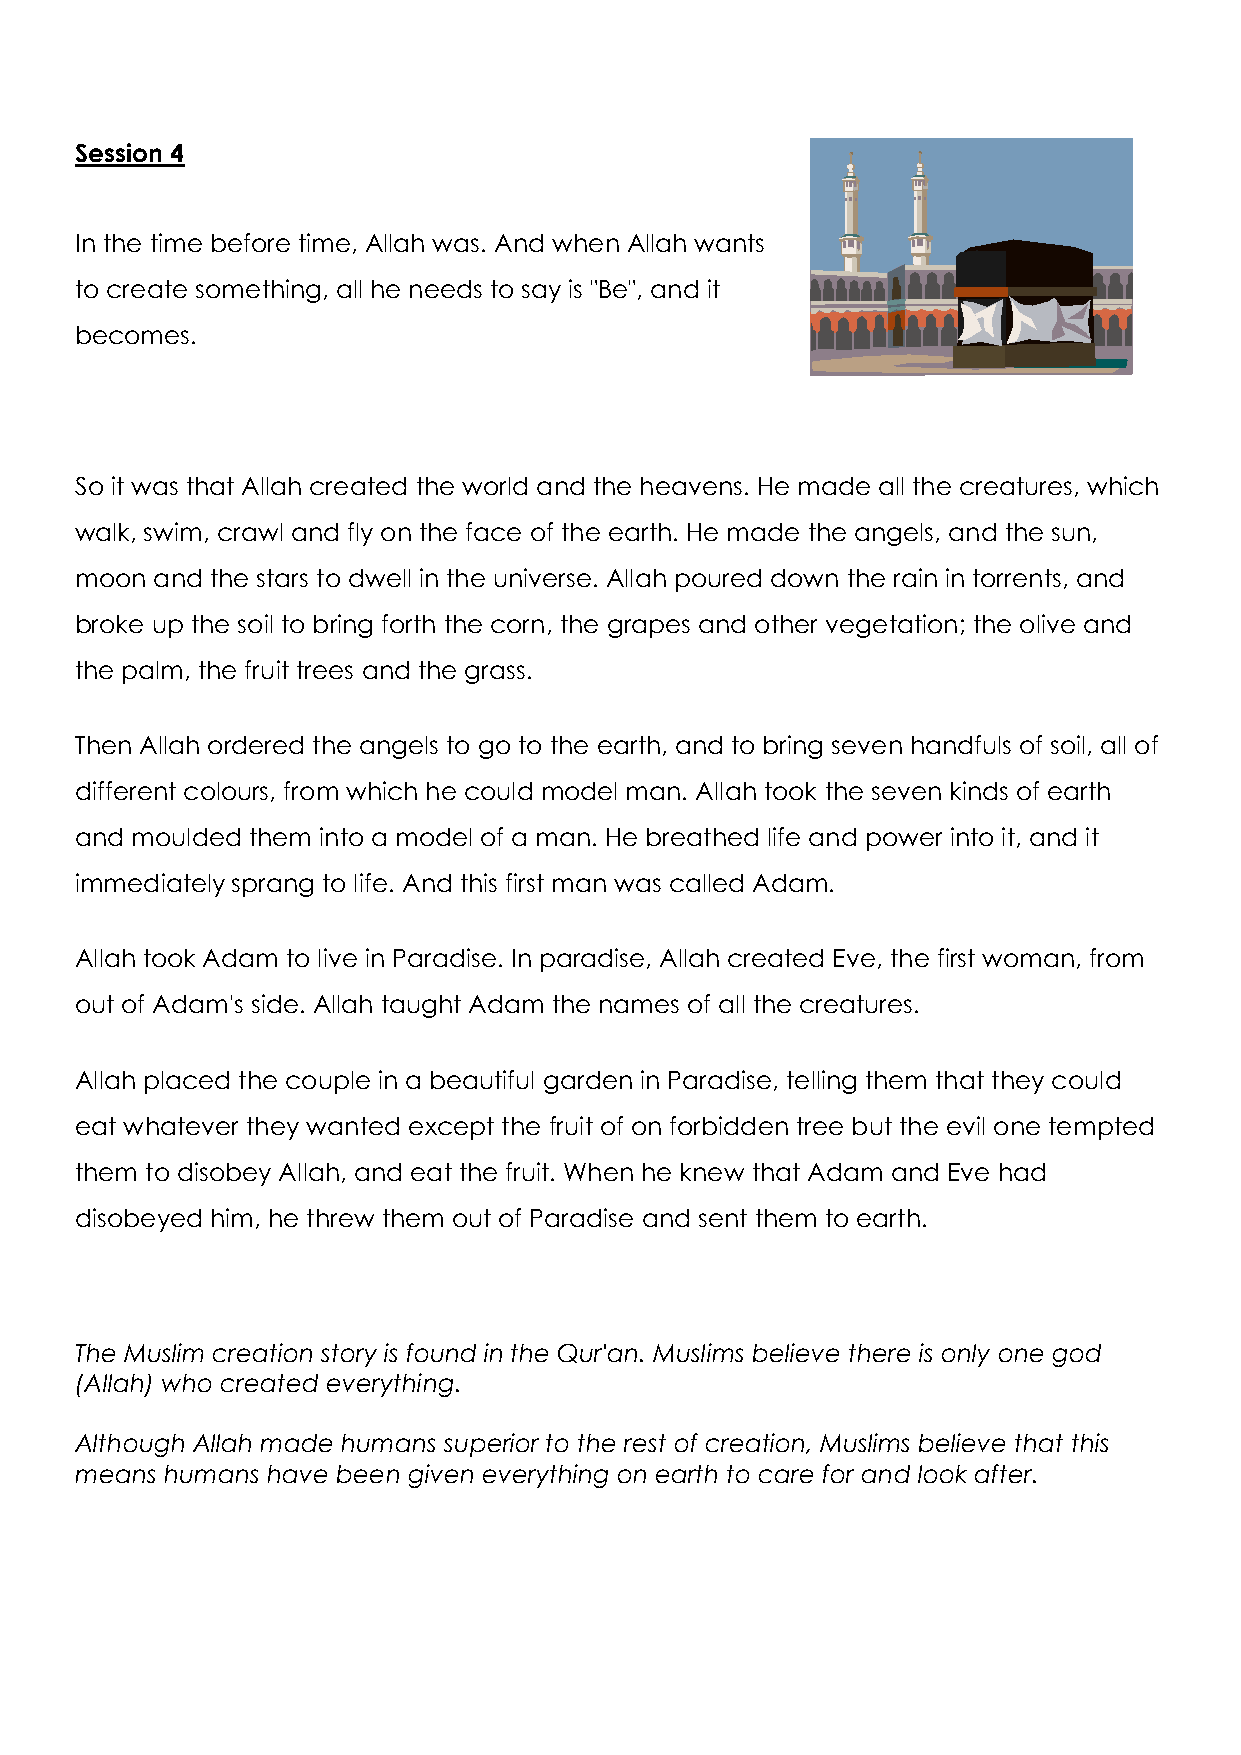
Session 4
 In the time before time, Allah was. And when Allah wants
 to create something, all he needs to say is "Be", and it
 becomes.
 So it was that Allah created the world and the heavens. He made all the creatures, which
 walk, swim, crawl and fly on the face of the earth. He made the angels, and the sun,
 moon and the stars to dwell in the universe. Allah poured down the rain in torrents, and
 broke up the soil to bring forth the corn, the grapes and other vegetation; the olive and
 the palm, the fruit trees and the grass.
 Then Allah ordered the angels to go to the earth, and to bring seven handfuls of soil, all of
 different colours, from which he could model man. Allah took the seven kinds of earth
 and moulded them into a model of a man. He breathed life and power into it, and it
 immediately sprang to life. And this first man was called Adam.
 Allah took Adam to live in Paradise. In paradise, Allah created Eve, the first woman, from
 out of Adam's side. Allah taught Adam the names of all the creatures.
 Allah placed the couple in a beautiful garden in Paradise, telling them that they could
 eat whatever they wanted except the fruit of on forbidden tree but the evil one tempted
 them to disobey Allah, and eat the fruit. When he knew that Adam and Eve had
 disobeyed him, he threw them out of Paradise and sent them to earth.
 The Muslim creation story is found in the Qur'an. Muslims believe there is only one god
 (Allah) who created everything.
 Although Allah made humans superior to the rest of creation, Muslims believe that this
 means humans have been given everything on earth to care for and look after.